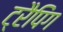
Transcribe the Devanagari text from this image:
ट्रैपिंग